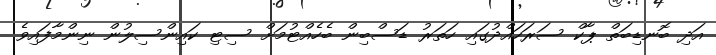
އަދި ބޮނޑިބަތް ޕާކް ސަރަހައްދުގައި ހަތަރު ޑަސްބިން ބެހެއްޓުމަށް ސިޓި ކައިންސިލުން ނިންމާފައިވެ